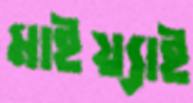
মাইয়্যাই